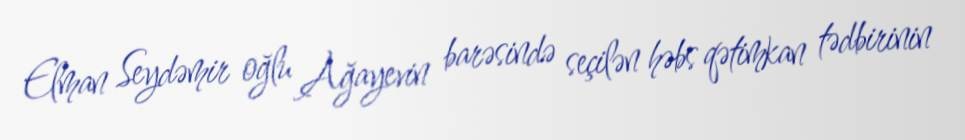
Elman Seydəmir oğlu Ağayevin barəsində seçilən həbs qətimkan tədbirinin